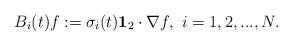
LaTeX: \begin{align*}B_i(t)f:=\sigma_{i}(t)\mathbf{1}_2\cdot \nabla f,\ i=1,2,...,N.\end{align*}